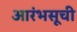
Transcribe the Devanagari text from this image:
आरंभसूची